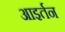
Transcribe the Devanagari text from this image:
आइर्तन